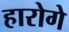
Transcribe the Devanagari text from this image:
हारोगे